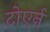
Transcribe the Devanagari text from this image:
टोएर्न